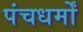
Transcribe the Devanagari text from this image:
पंचधर्मों